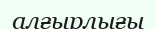
алғырлығы